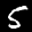
Label: 5